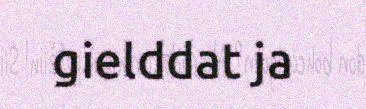
gielddat ja